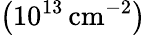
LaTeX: \left(10^{13}\thinspace\mathrm{cm}^{-2}\right)